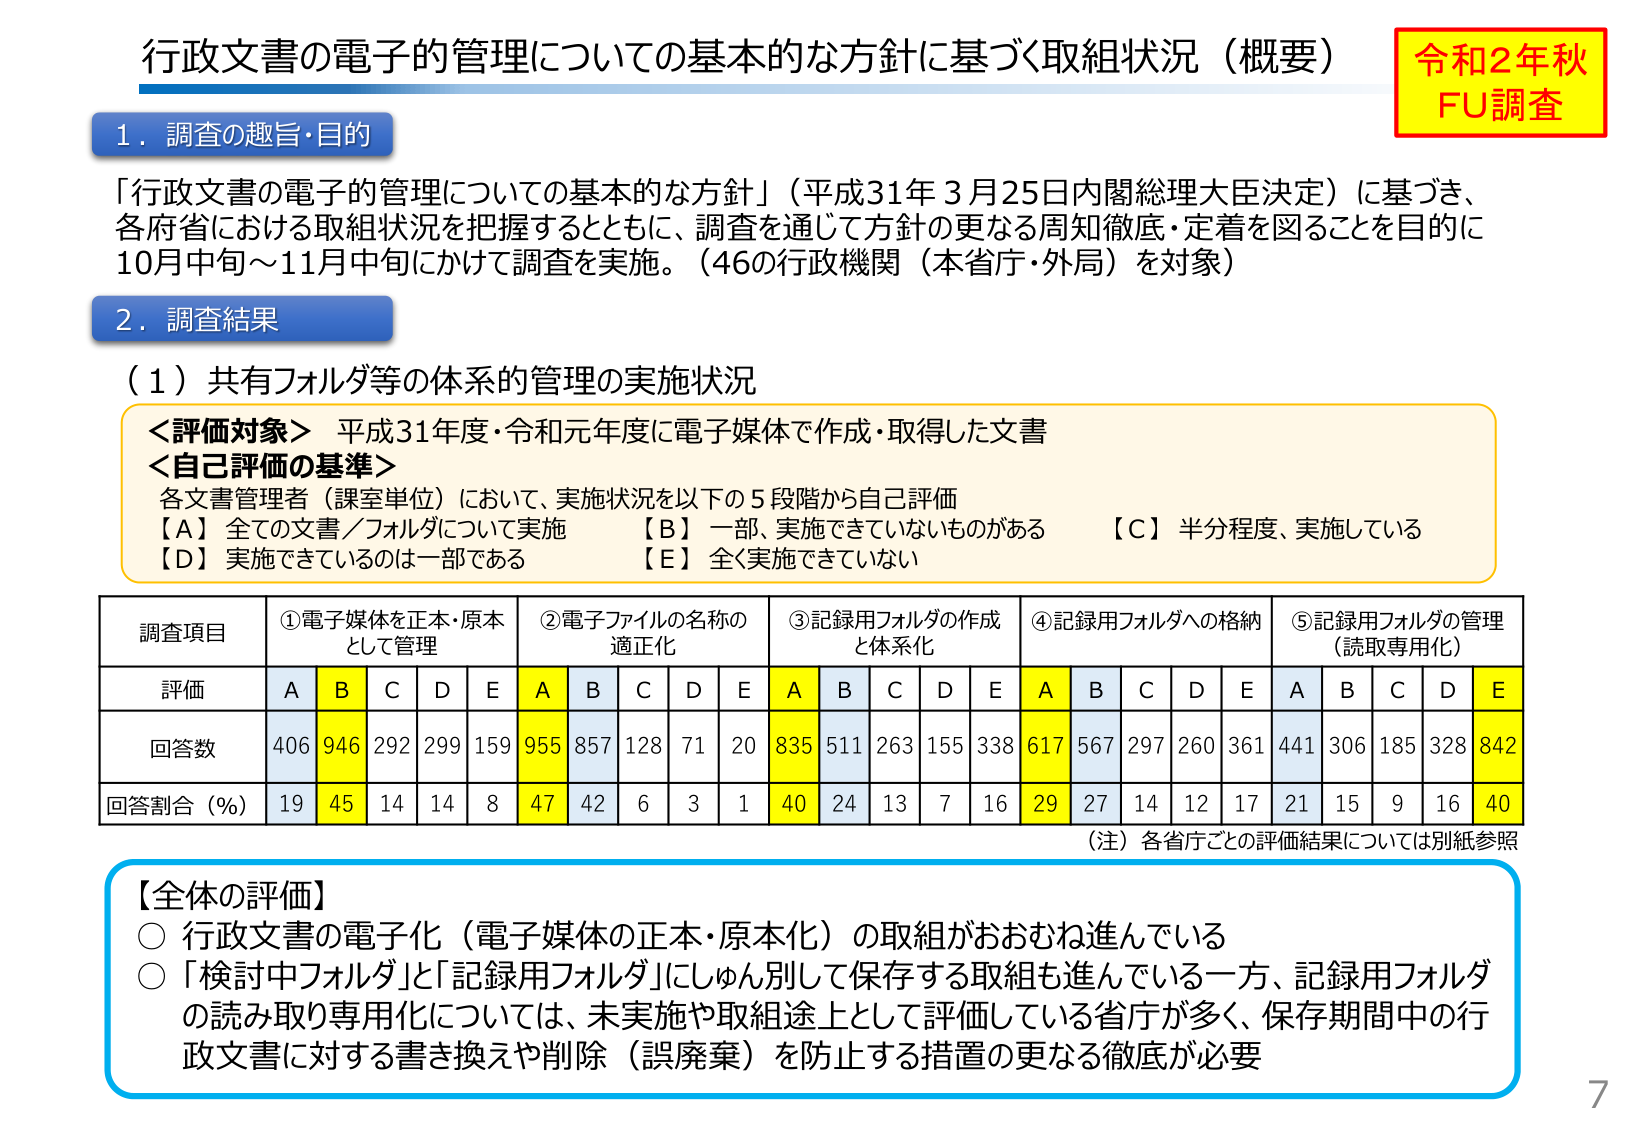
行政文書の電子的管理についての基本的な方針に基づく取組状況（概要）
令和2年秋
FU調査

1．調査の趣旨・目的
「行政文書の電子的管理についての基本的な方針」（平成31年3月25日内閣総理大臣決定）に基づき、
各府省における取組状況を把握するとともに、調査を通じて方針の更なる周知徹底・定着を図ることを目的に
10月中旬～11月中旬にかけて調査を実施。（46の行政機関（本省庁・外局）を対象）

2．調査結果
（1）共有フォルダ等の体系的管理の実施状況

＜評価対象＞ 平成31年度・令和元年度に電子媒体で作成・取得した文書
＜自己評価の基準＞
各文書管理者（課室単位）において、実施状況を以下の5段階から自己評価
【A】全ての文書／フォルダについて実施　　【B】一部、実施できていないものがある　　【C】半分程度、実施している
【D】実施できているのは一部である　　　　【E】全く実施できていない

調査項目　①電子媒体を正本・原本として管理　②電子ファイルの名称の適正化　③記録用フォルダの作成と体系化　④記録用フォルダへの格納　⑤記録用フォルダの管理（読取専用化）
評価　　　A　B　C　D　E　A　B　C　D　E　A　B　C　D　E　A　B　C　D　E　A　B　C　D　E
回答数　　406　946　292　299　159　955　857　128　71　20　835　511　263　155　338　617　567　297　260　361　441　306　185　328　842
回答割合（％）　19　45　14　14　8　47　42　6　3　1　40　24　13　7　16　29　27　14　12　17　21　15　9　16　40

（注）各省庁ごとの評価結果については別紙参照

【全体の評価】
○ 行政文書の電子化（電子媒体の正本・原本化）の取組がおおむね進んでいる
○ 「検討中フォルダ」と「記録用フォルダ」にしゅん別して保存する取組も進んでいる一方、記録用フォルダの読み取り専用化については、未実施や取組途上として評価している省庁が多く、保存期間中の行政文書に対する書き換えや削除（誤廃棄）を防止する措置の更なる徹底が必要

7